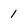
Character: 1